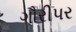
ગૌરીપર